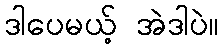
ဒါပေမယ့် အဲဒါပဲ။